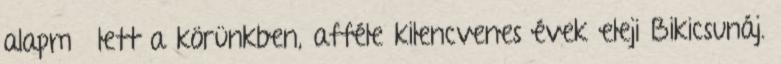
alapmű lett a körünkben, afféle kilencvenes évek eleji Bikicsunáj.